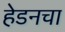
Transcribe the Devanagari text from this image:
हेडनचा